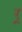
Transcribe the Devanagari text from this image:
र्‍